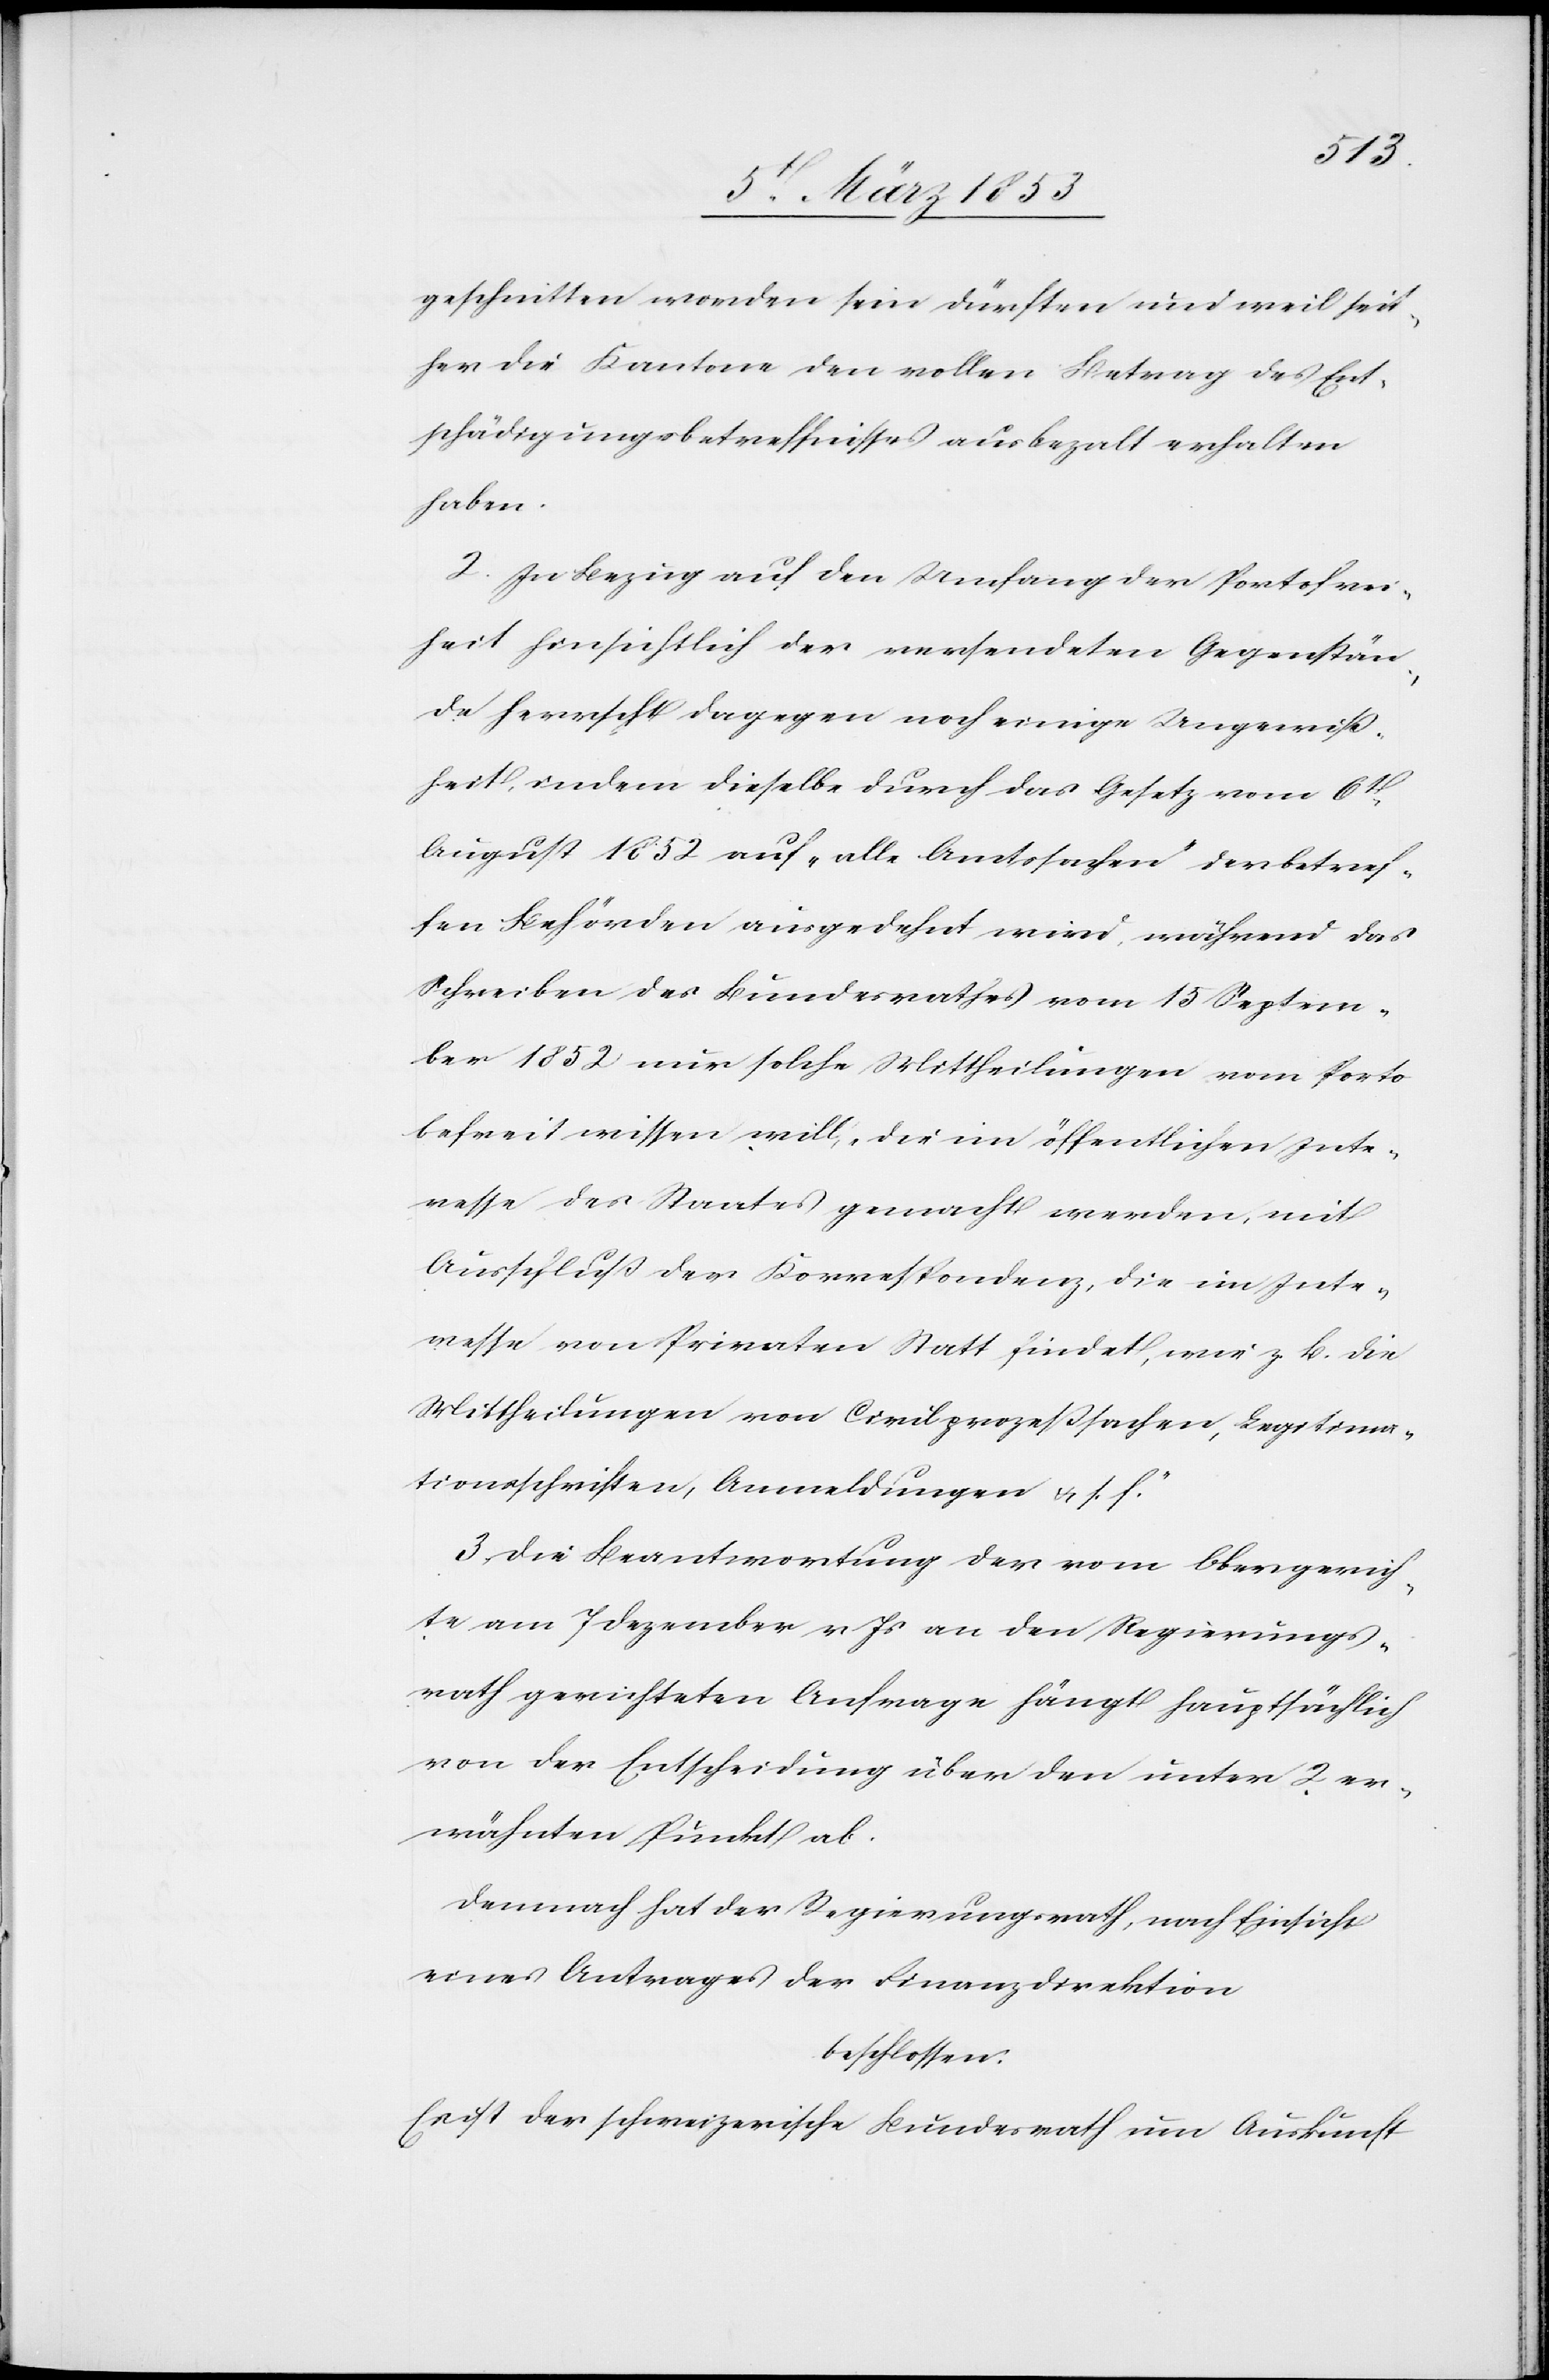
geschnitten worden sein dürften und weil seit¬
her die Kantone den vollen Betrag des Ent¬
schädigungsbetreffnisses ausbezahlt erhalten
haben.
2. In Bezug auf den Umfang der Portofrei¬
heit hinsichtlich der versendeten Gegenstän¬
de herrscht dagegen noch einige Ungewiß¬
heit, indem dieselbe durch das Gesetz vom 6t.
August 1852 auf „alle Amtssachen“ den betreffen¬
den Behörden ausgedehnt wird, während das
Schreiben des Bundesrathes vom 15 Septem¬
ber 1852 nur solche Mittheilungen vom Porto
befreit wissen will, die im öffentlichen Inte¬
resse des Staates gemacht werden, mit
Ausschluß der Korrespondenz, die im Inte¬
resse von Privaten Statt findet, wie z. B. die
Mittheilungen von Civilprozeßsachen, Legitima¬
tionsschriften, Anmeldungen u. s. f.“
3. Die Beantwortung der vom Obergerich¬
te am 7 Dezember v. Js. an den Regierungs¬
rath gerichteten Anfrage hängt hauptsächlich
von der Entscheidung über den unter 2 er¬
wähnten Punkt ab.
Demnach hat der Regierungsrath, nach Einsicht
beschlossen:
Es ist der schweizerische Bundesrath um Auskunft